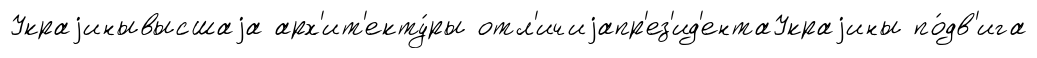
Украjинывысшаjа арх'ит'екту́ры отл'ичиjапр'ез'ид'ентаУкраjины по́дв'ига